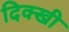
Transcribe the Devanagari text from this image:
दिक्खी